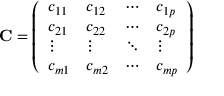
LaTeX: \mathbf { C } = { \left( \begin{array} { l l l l } { c _ { 1 1 } } & { c _ { 1 2 } } & { \cdots } & { c _ { 1 p } } \\ { c _ { 2 1 } } & { c _ { 2 2 } } & { \cdots } & { c _ { 2 p } } \\ { \vdots } & { \vdots } & { \ddots } & { \vdots } \\ { c _ { m 1 } } & { c _ { m 2 } } & { \cdots } & { c _ { m p } } \end{array} \right) }